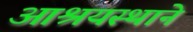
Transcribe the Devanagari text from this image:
आश्रयस्थाने